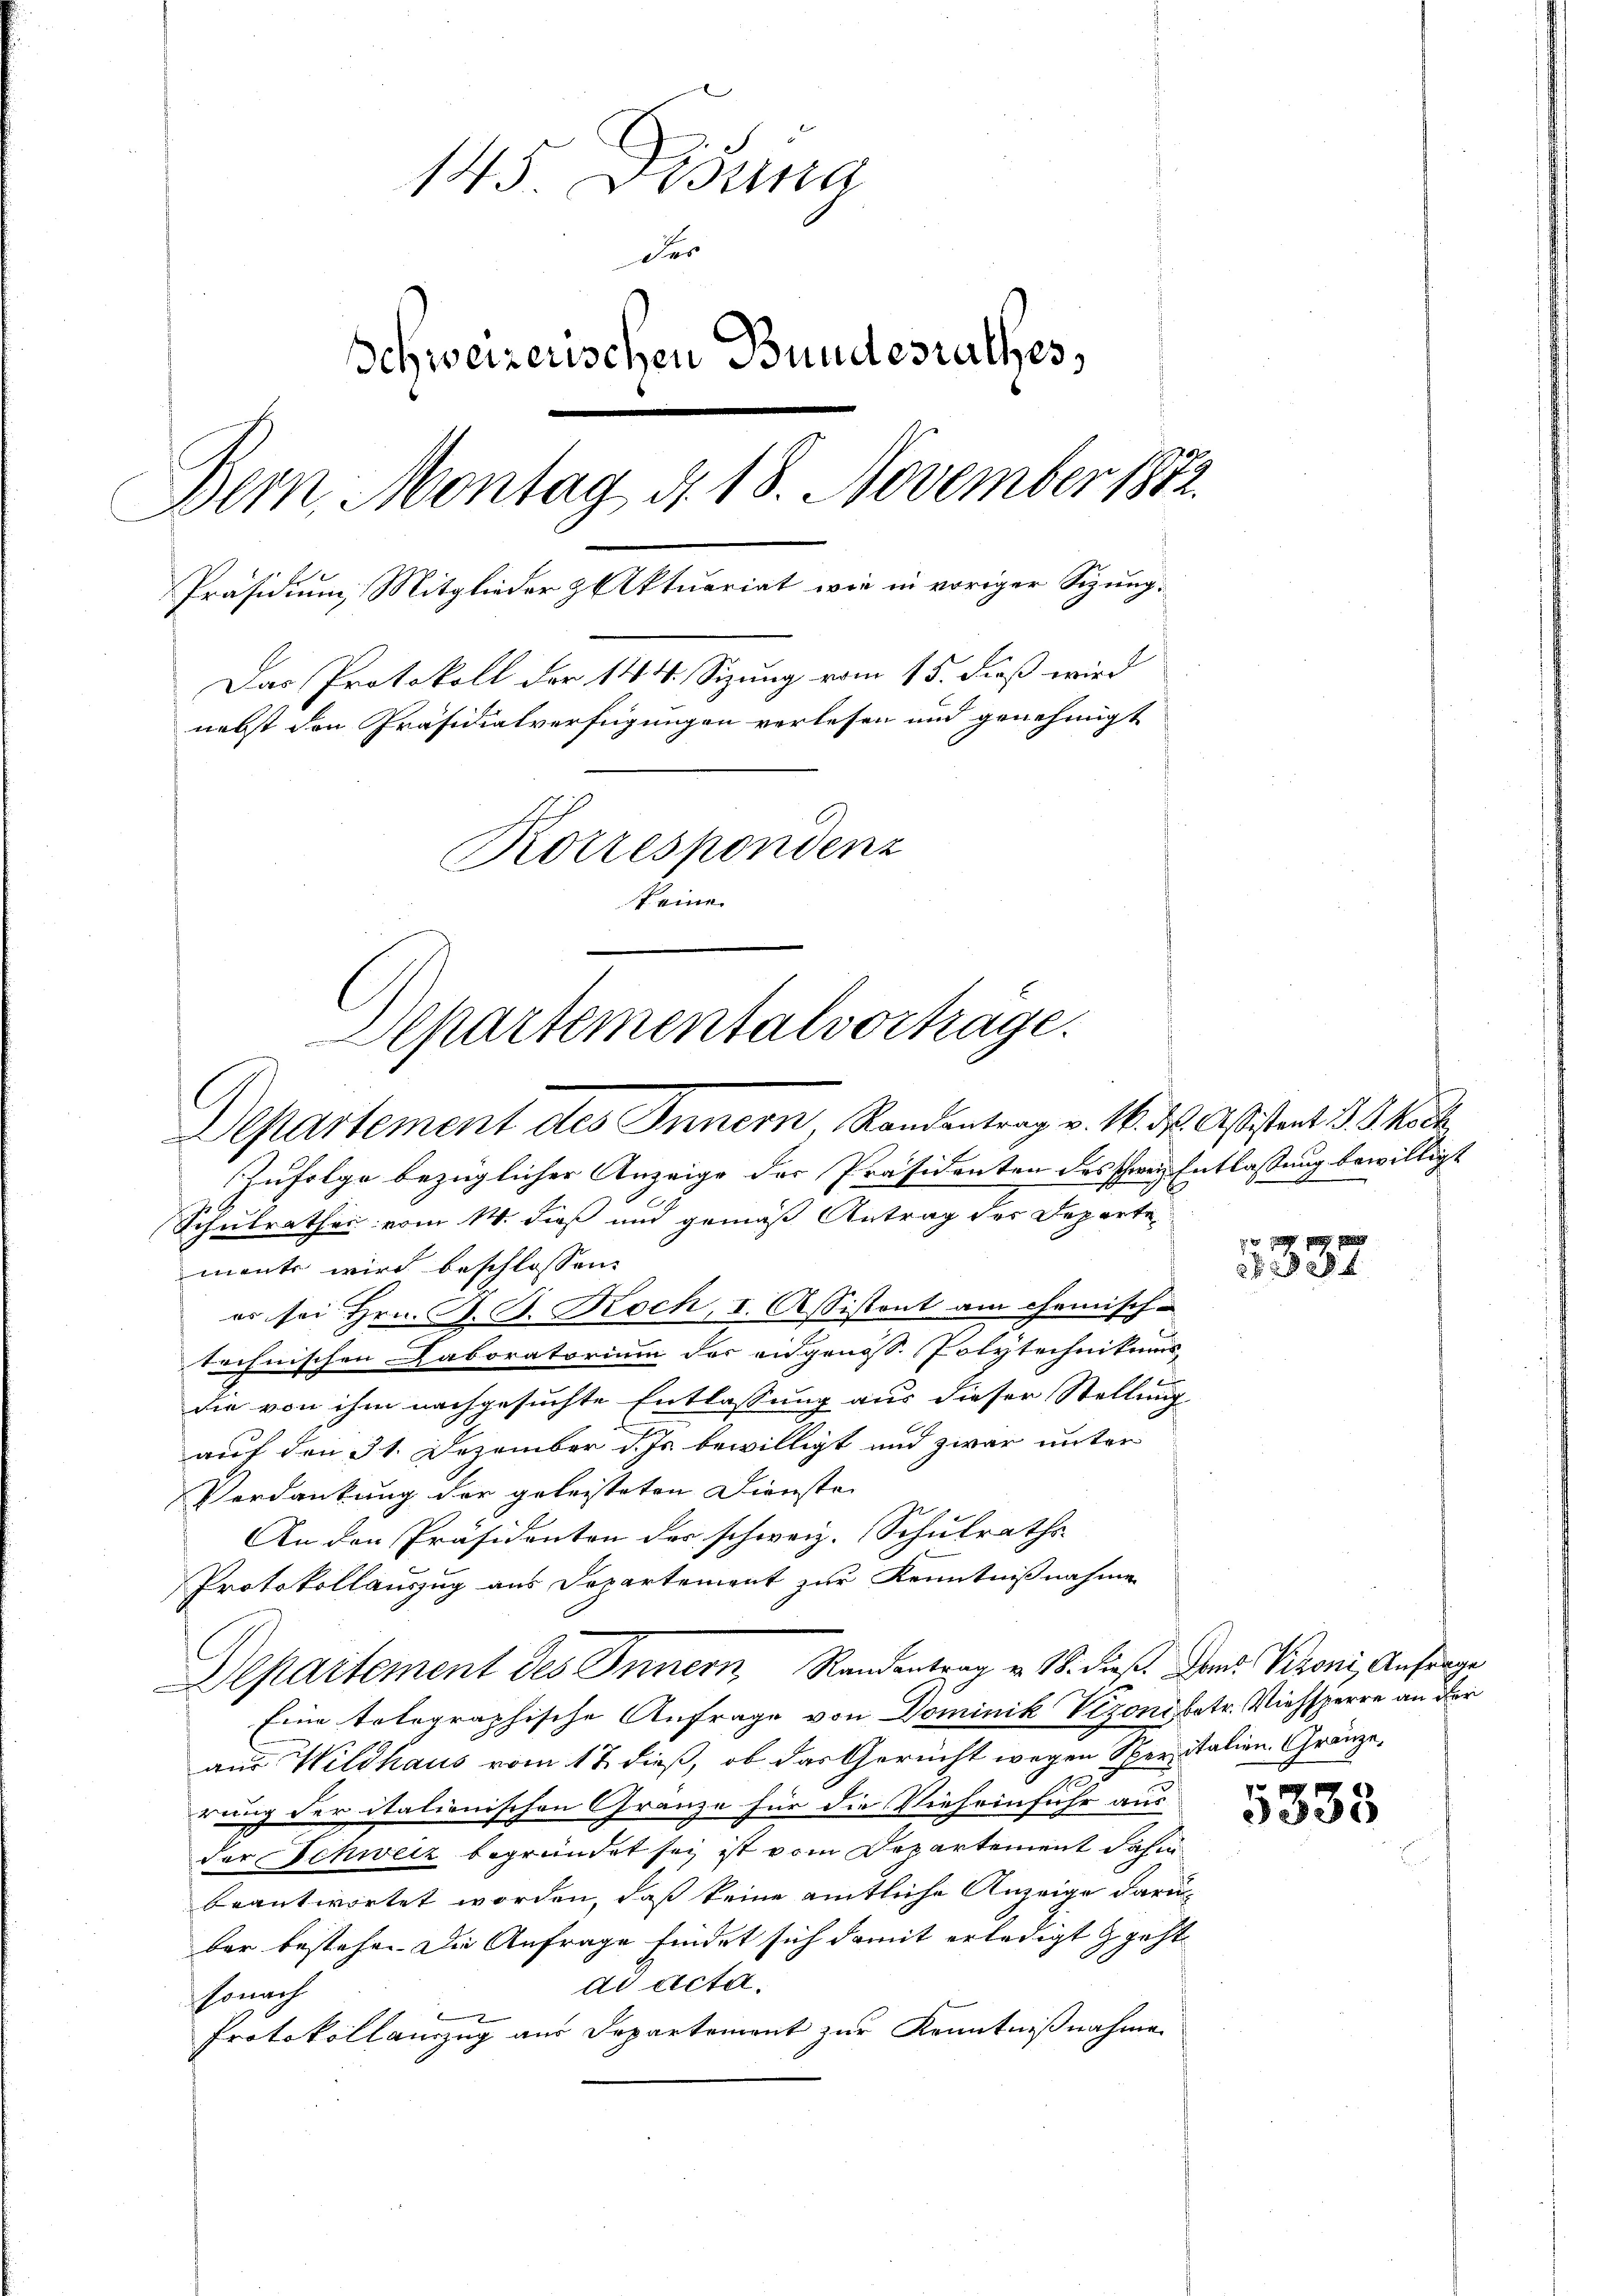
145 Dosina
Der
Schweizerischen Bundesrathes,
Bern, Montag d. 18. November 1872.
Präsidium Mitglieder & Aktuariat wie in voriger Sizung.
Das Protokoll der 144. Sizung vom 15. dieß wird
nebst den Präsidialverfügungen verlesen und genehmigt
Korrespondenz
keine

Departementalverhäge
Departement des Innern Randentrag v. 1. des Aßistent J. Skoch

Zufolge bezüglicher Anzeige der Präsidenten des schwere Entlassung bewilligt
Schulrathes vom 14. dieß und gemäß Antrag des Departe-
mante wird beschlossen:
es sei Hrn. F. J. Roch, I. Assistont am Chemisch-
technischen Laboratorium des eidgenoss. Polytechnikums
die von ihm nachgesuchte Entlassung aus dieser Stellung
auf den 31. Dezember d. Js. bewilligt und zwar unter
Verdankung der geleisteten Dienste |
An den Präsidenten der schweiz. Schulraths
Protokollauszug aus Departement zur Kenntnißnahme
Departement des Innern, Randantrag v. 18. dieß. Dem Kroni, Anfrage
Eine tolographische Anfrage von Dominik Vizoni betr. Viehsperre an der
aus Wildhaus vom 12. dieß, ob das Gericht wegen Speritalien. Gränze,
rung der italionischen Gränze für die Vieheinfuhr aus-
der Schweiz begründet sei ist vom Departement dahin
beantwortet worden, daß keine amtliche Anzeige darüber bestehen. Die Anfrage findet sich damit erledigt geht
dd acta.
sonach
Protokoll anzug aus Departement zur Kenntnißnahme

3337

5333